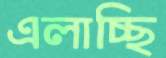
এলাচ্ছি